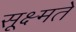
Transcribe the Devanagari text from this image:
सूक्ष्मते